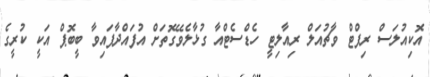
އޮކިއުލަސް ރިފްޓް ވާޗުއަލް ރިއާލިޓީ ހެޑްސެޓްއާ ގުޅާލެވޭގޮތަށް އުފައްދާފައިވާ ބީބޮޕް އަކީ ކުރީގެ